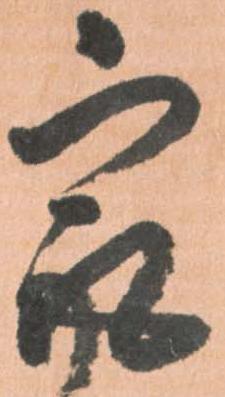
最